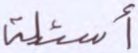
أسئلة